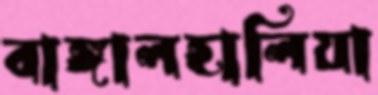
বাঙ্গালহালিয়া